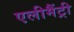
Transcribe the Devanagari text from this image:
एलीमैंट्री